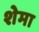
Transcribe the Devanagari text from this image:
शेमा